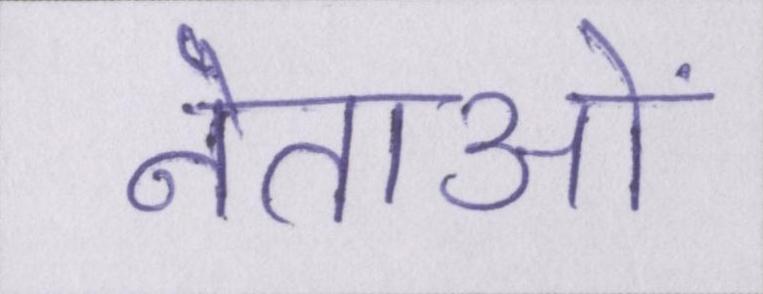
नेताओं